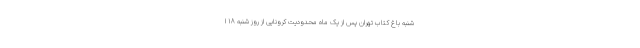
شنبه باغ کتاب تهران پس از یک ماه محدودیت کرونایی از روز شنبه ۱۸ ا